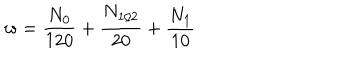
LaTeX: w = \frac { N _ { 0 } } { 1 2 0 } + \frac { N _ { 1 / 2 } } { 2 0 } + \frac { N _ { 1 } } { 1 0 }